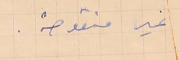
غير منقوصة.